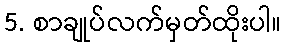
5. စာချုပ်လက်မှတ်ထိုးပါ။